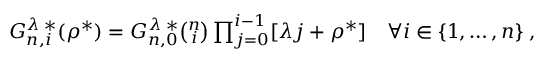
\begin{array} { r } { G _ { n , i } ^ { \lambda \; * } ( \rho ^ { * } ) = G _ { n , 0 } ^ { \lambda \; * } \binom { n } { i } \prod _ { j = 0 } ^ { i - 1 } [ \lambda j + \rho ^ { * } ] \quad \forall i \in \lbrace 1 , \dots , n \rbrace \; , } \end{array}